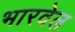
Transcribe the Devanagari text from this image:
भारवेल